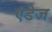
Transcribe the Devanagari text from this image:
एंडेज